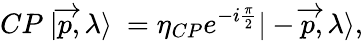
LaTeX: CP\mathrm{~}|\overrightarrow{p},\lambda\rangle\mathrm{~}=\eta_{CP}e^{-i\frac\pi 2}|-\overrightarrow{p},\lambda\rangle,